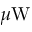
\mu \mathrm { W }